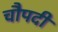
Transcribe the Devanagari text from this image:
चौपदी